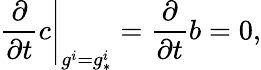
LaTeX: \left.{\frac{\partial}{\partial t}}c\right|_{g^{i}=g_{*}^{i}}={\frac{\partial}{\partial t}}b=0,